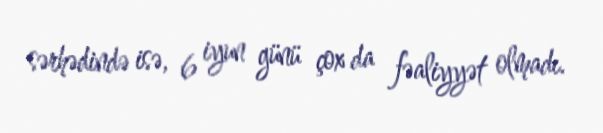
sərhədində isə, 6 iyun günü çox da fəaliyyət olmadı.